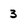
Character: 3